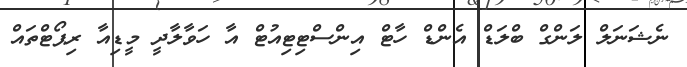
ނެޝަނަލް ލަންގް ބްލަޑް އެންޑް ހާޓް އިންސްޓިޓިއުޓް އާ ހަވާލާދީ މީޑިއާ ރިޕޯޓްތައް